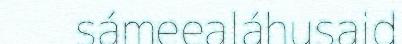
sámeealáhusaid